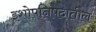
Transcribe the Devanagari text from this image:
इशोपनिषदातील